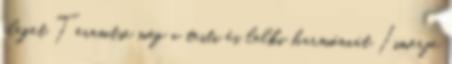
eleget Teremtse meg a testi és lelki harmóniát Ismerje